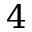
4